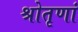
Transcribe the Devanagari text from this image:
श्रोतृणां